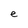
Character: e